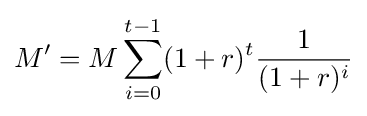
M'=M\sum _{i=0}^{t-1}(1+r)^{t}{\frac {1}{(1+r)^{i}}}